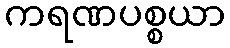
ကရဏပစ္စယာ